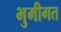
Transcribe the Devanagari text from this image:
भुमीगत